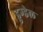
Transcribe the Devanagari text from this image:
डुग्डेल